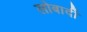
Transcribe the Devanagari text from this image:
लोबार्दी